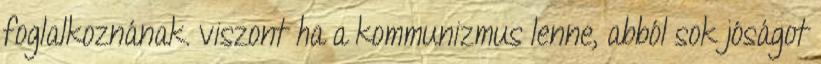
foglalkoznának. viszont ha a kommunizmus lenne, abból sok jóságot